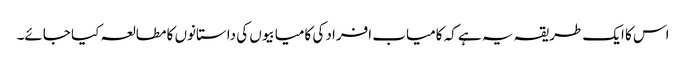
اس کا ایک طریقہ یہ ہے کہ کامیاب افراد کی کامیابیوں کی داستانوں کا مطالعہ کیا جائے۔